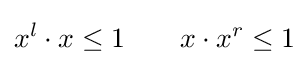
x^{l}\cdot x\leq 1\qquad x\cdot x^{r}\leq 1